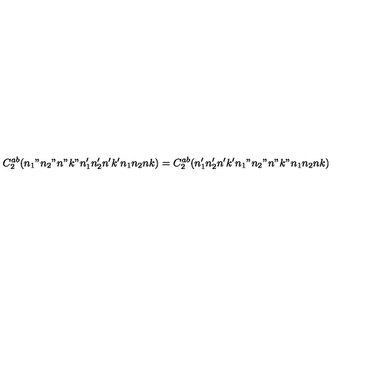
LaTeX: C _ { 2 } ^ { a b } ( n _ { 1 } " n _ { 2 } " n " k " n _ { 1 } ^ { \prime } n _ { 2 } ^ { \prime } n ^ { \prime } k ^ { \prime } n _ { 1 } n _ { 2 } n k ) = C _ { 2 } ^ { a b } ( n _ { 1 } ^ { \prime } n _ { 2 } ^ { \prime } n ^ { \prime } k ^ { \prime } n _ { 1 } " n _ { 2 } " n " k " n _ { 1 } n _ { 2 } n k )